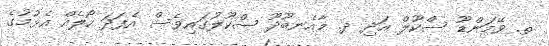
ތ. ވޭމަންޑޫ ސްކޫލް އަދި ދ. މާއެނބޫދޫ ސްކޫލުގައިވެސް އެފަދަ ހޯލެއް އެޅުމުގެ